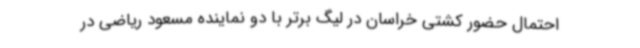
احتمال حضور کشتی خراسان در لیگ برتر با دو نماینده مسعود ریاضی در